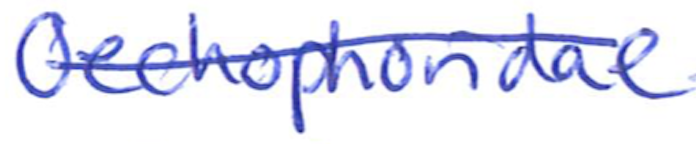
Text: Oechophoridae
Cross-out: single-line
Writing tool: ballpoint